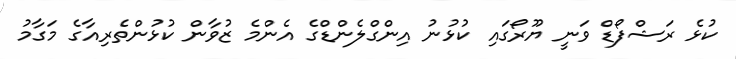
ކުޅެ ރަޝްފޯޑް ވަނީ ޔޫރޯގައި ކުޅުނު އިންގްލެންޑްގެ އެންމެ ޒުވާން ކުޅުންތެރިއާގެ މަގާމު